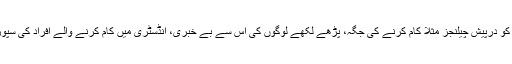
انہوں نے پاکستانی فری لانسرز کو درپیش چیلنجز مثلاً کام کرنے کی جگہ، پڑھے لکھے لوگوں کی اس سے بے خبری، انڈسٹری میں کام کرنے والے افراد کی سپورٹ اور توقعات کا بھی ذکر کیا۔